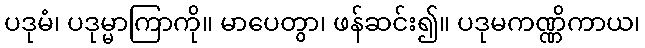
ပဒုမံ၊ ပဒုမ္မာကြာကို။ မာပေတွာ၊ ဖန်ဆင်း၍။ ပဒုမကဏ္ဏိကာယ၊